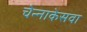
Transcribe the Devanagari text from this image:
चेन्नाकेसवा